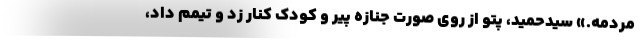
مردمه.» سيدحميد، پتو از روي صورت جنازه پير و كودك كنار زد و تيمم داد،